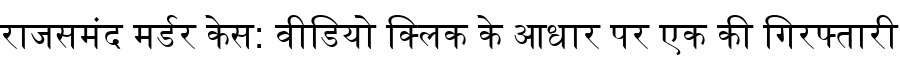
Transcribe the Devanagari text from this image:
राजसमंद मर्डर केस: वीडियो क्लिक के आधार पर एक की गिरफ्तारी